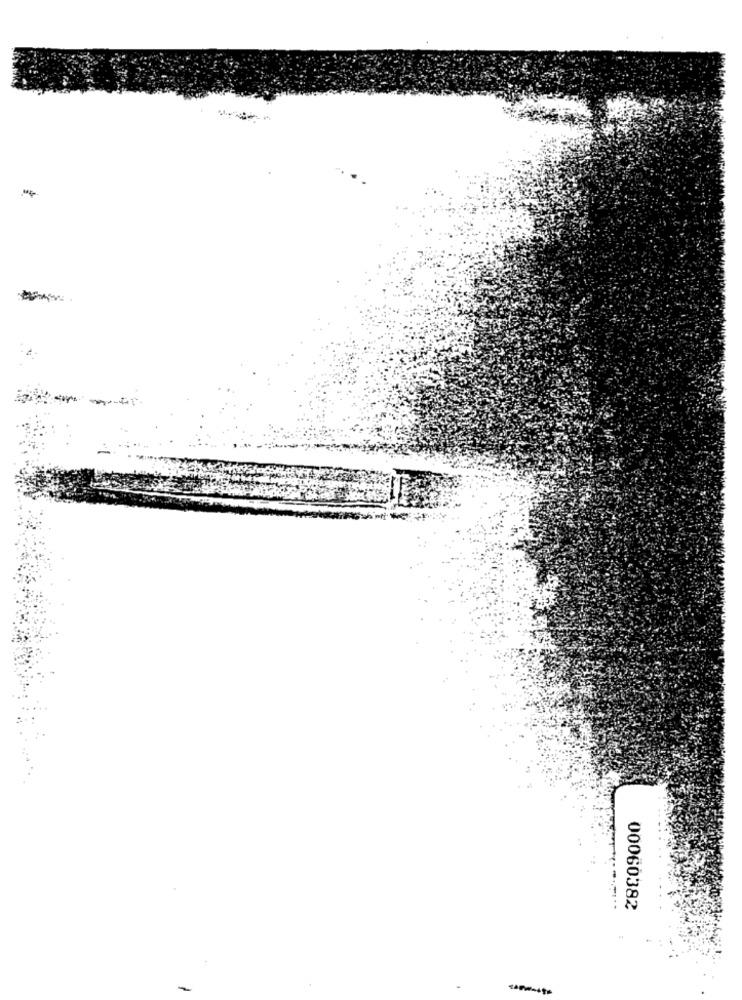
00060382